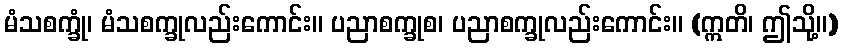
မံသစက္ခုံ၊ မံသစက္ခုလည်းကောင်း။ ပညာစက္ခုစ၊ ပညာစက္ခုလည်းကောင်း။ (ဣတိ၊ ဤသို့။)